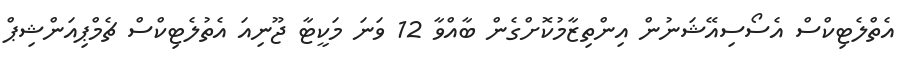
އެތްލެޓިކްސް އެސޯސިއޭޝަނުން އިންތިޒާމުކޮށްގެން ބާއްވާ 12 ވަނަ މަކީޓާ ޖޫނިއަ އެތުލެޓިކްސް ޗެމްޕިއަންޝިޕް